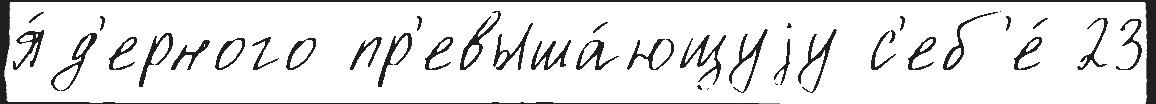
я́д'ерного пр'евыша́ющуjу с'еб'е́ 23